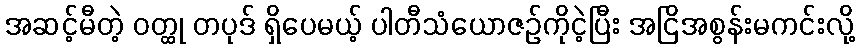
အဆင့်မီတဲ့ ဝတ္ထု တပုဒ် ရှိပေမယ့် ပါတီသံယောဇဉ်ကိုငဲ့ပြီး အငြိအစွန်းမကင်းလို့